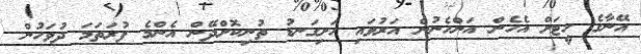
އޭނާގެ ހީޓަށް އެހެން އަންހެނުން އަރުވައި ހަށިގަނޑު ތުނިކޮށްދޭން އެންމެ ފުރަތަމަ ދުވަހުން